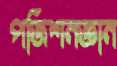
পজিশনজ্ঞান